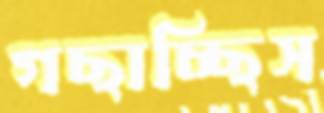
গছাচ্ছিস